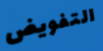
التفويض